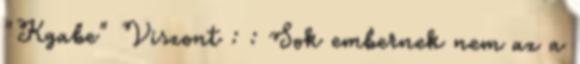
"Kgabe" Viszont : : Sok embernek nem az a